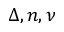
\Delta , n , \nu